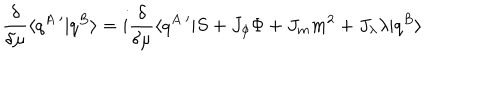
\frac { \delta } { \delta \mu } \langle q ^ { A } \, ^ { \prime } | q ^ { B } \rangle = i \frac { \delta } { \delta \mu } \langle q ^ { A } \, ^ { \prime } | S + J _ { \phi } \Phi + J _ { m } m ^ { 2 } + J _ { \lambda } \lambda | q ^ { B } \rangle